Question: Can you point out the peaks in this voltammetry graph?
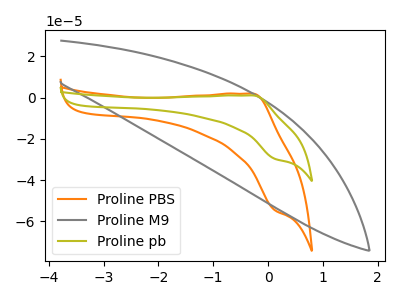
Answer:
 <answer>The orange curve "Proline PBS" has an anodic peak at (-0.30V, 1.95uA) and a cathodic peak at (0.15V, -54.60uA). The gray curve "Proline M9" has no peaks. The olive curve "Proline pb" has an anodic peak at (-0.30V, 1.05uA) and a cathodic peak at (0.15V, -29.70uA).</answer>
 <eval></eval>